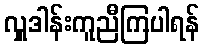
လှူဒါန်းကူညီကြပါရန်